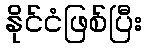
နိုင်ငံဖြစ်ပြီး